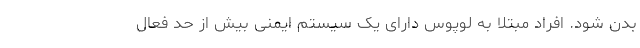
بدن شود. افراد مبتلا به لوپوس دارای یک سیستم ایمنی بیش از حد فعال